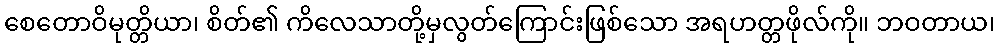
စေတောဝိမုတ္တိယာ၊ စိတ်၏ ကိလေသာတို့မှလွတ်ကြောင်းဖြစ်သော အရဟတ္တဖိုလ်ကို။ ဘဝတာယ၊